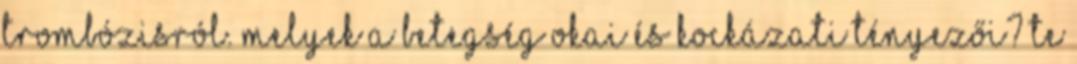
trombózisról. Melyek a betegség okai és kockázati tényezői? Te